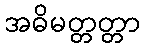
အဓိမတ္တတ္တာ